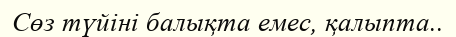
Сөз түйіні балықта емес, қалыпта..